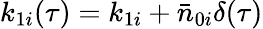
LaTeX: k_{1i}(\tau)=k_{1i}+\bar{n}_{0i}\delta(\tau)